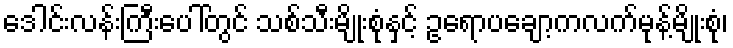
ဒေါင်းလန်းကြီးပေါ်တွင် သစ်သီးမျိုးစုံနှင့် ဥရောပချော့ကလက်မုန့်မျိုးစုံ၊